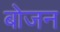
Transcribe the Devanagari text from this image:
बोजन